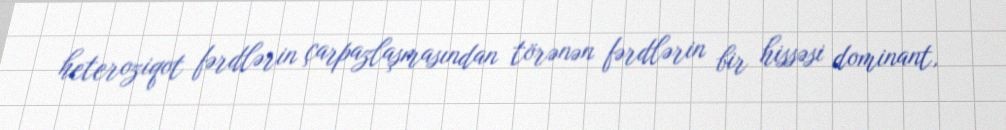
heteroziqot fərdlərin çarpazlaşmasından törənən fərdlərin bir hissəsi dominant,